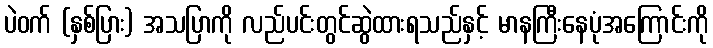
ပဲဝက် (နှစ်ပြား) အသပြာကို လည်ပင်းတွင်ဆွဲထားရသည်နှင့် မာနကြီးနေပုံအကြောင်းကို